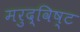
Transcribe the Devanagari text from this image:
मरुद्विष्ट